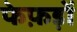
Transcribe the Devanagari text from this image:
फेफ़ड़ों